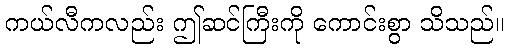
ကယ်လီကလည်း ဤဆင်ကြီးကို ကောင်းစွာ သိသည်။